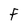
Character: F